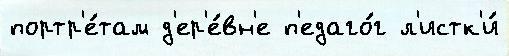
портр'е́там д'ер'е́вн'е п'едаго́г л'истк'и́